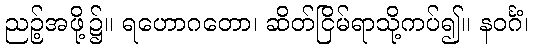
ညဉ့်အဖို့၌။ ရဟောဂတော၊ ဆိတ်ငြိမ်ရာသို့ကပ်၍။ နဝင်္ဂံ၊